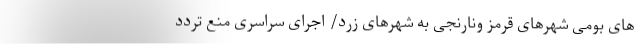
های بومی شهرهای قرمز ونارنجی به شهرهای زرد/ اجرای سراسری منع تردد